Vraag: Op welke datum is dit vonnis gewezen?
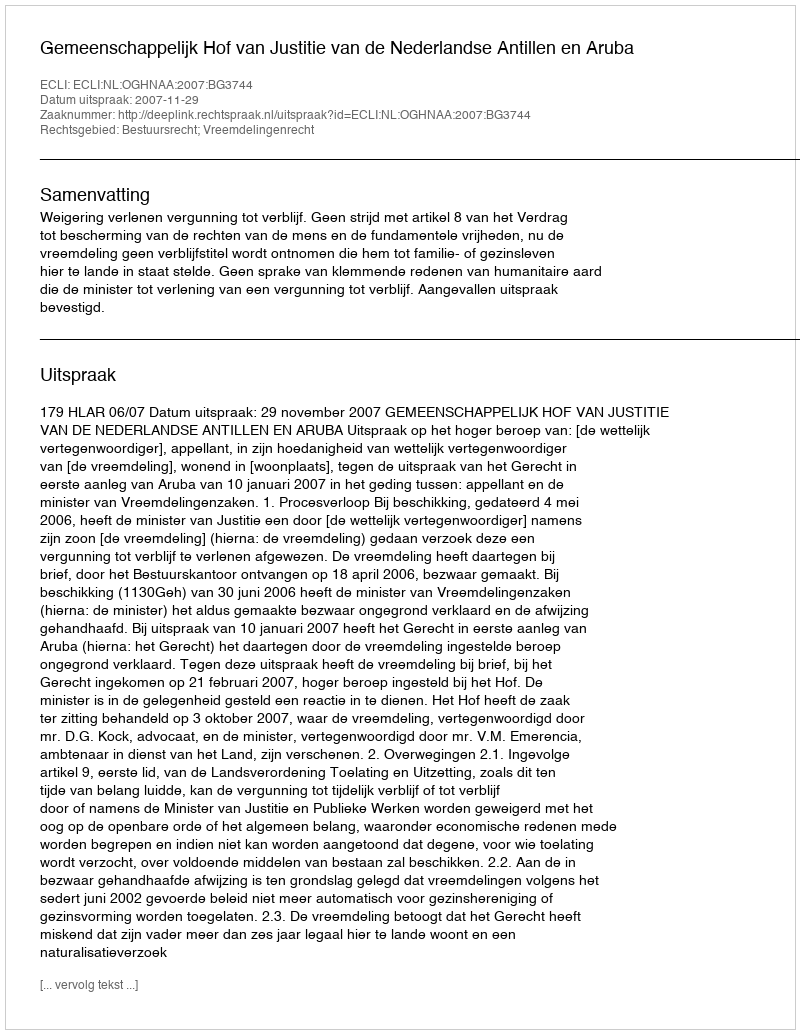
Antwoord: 2007-11-29